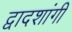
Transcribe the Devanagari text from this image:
द्वादशांगी